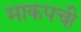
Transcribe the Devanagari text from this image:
माकपची